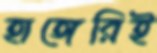
হাঙ্গেরিই